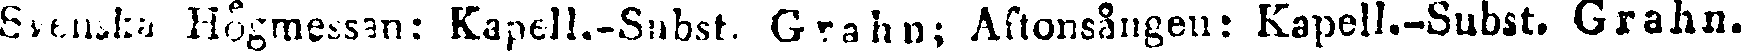
Svenska Högmessan: Kapell-Subst. Grahn; Aftonsången: Kapell.-Subst. Grahn.